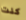
كنت